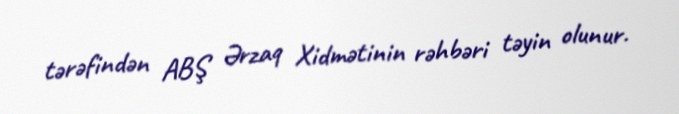
tərəfindən ABŞ Ərzaq Xidmətinin rəhbəri təyin olunur.